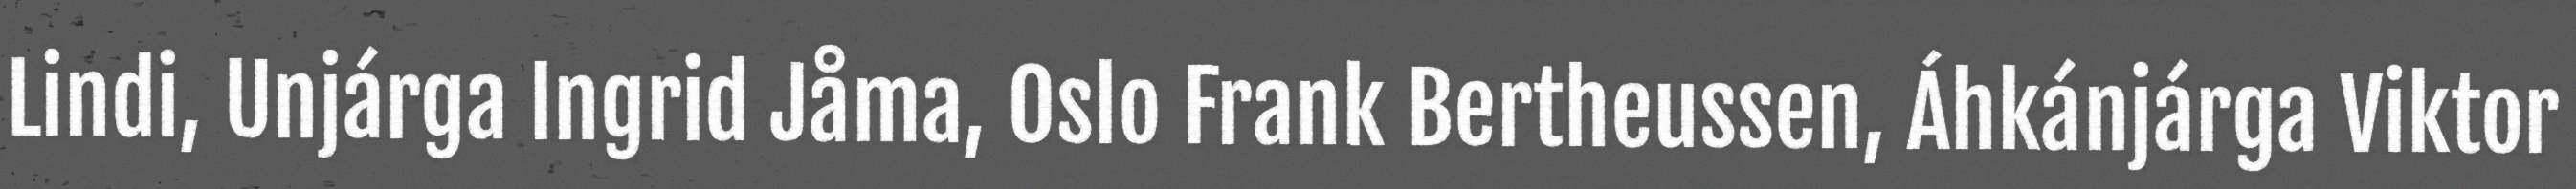
Lindi, Unjárga Ingrid Jåma, Oslo Frank Bertheussen, Áhkánjárga Viktor